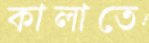
কালাতে